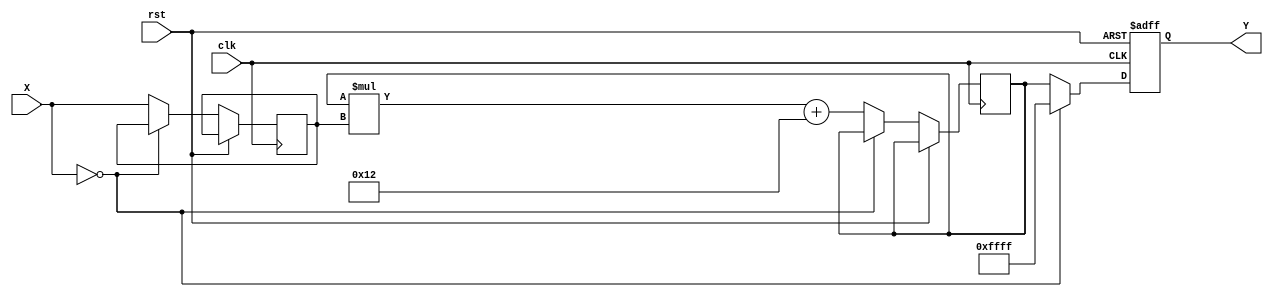
module polynomial_reciprocal (
    input wire [15:0] X,        // Input: 16-bit fixed-point number
    output reg [15:0] Y,        // Output: 16-bit fixed-point reciprocal
    input wire clk,             // Clock signal
    input wire rst              // Reset signal
);

    // Polynomial coefficients for approximation
    parameter a0 = 16'h1A2B; // Example coefficient a0
    parameter a1 = 16'hE0D3; // Example coefficient a1
    parameter a2 = 16'h4B2C; // Example coefficient a2
    parameter a3 = 16'h0F0A; // Example coefficient a3
    parameter a4 = 16'h0012; // Example coefficient a4

    reg [15:0] normalized_X;
    reg [15:0] polynomial_result;
    reg [15:0] temp;

    always @(posedge clk or posedge rst) begin
        if (rst) begin
            Y <= 16'h0000; // Reset output
        end else begin
            // Step 1: Range normalization (assume input is in [1, 2))
            if (X == 16'h0000) begin
                Y <= 16'hFFFF; // Handle division by zero case
            end else begin
                normalized_X <= X; // For simplicity, assuming input is already in the range [1, 2)

                // Step 2: Polynomial evaluation using Horner's method
                polynomial_result <= a0;
                polynomial_result <= polynomial_result * normalized_X + a1;
                polynomial_result <= polynomial_result * normalized_X + a2;
                polynomial_result <= polynomial_result * normalized_X + a3;
                polynomial_result <= polynomial_result * normalized_X + a4;

                // Step 3: Output the result
                Y <= polynomial_result;
            end
        end
    end

endmodule